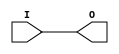
module AUTOBUF (O, I);

    parameter BUFFER_TYPE = "AUTO";

    output O;

    input  I;

    initial begin
    case (BUFFER_TYPE)
      "AUTO" : ;
      "BUF" : ;
      "BUFG" : ;
      "BUFGP" : ;
      "BUFH" : ;
      "BUFIO" : ;
      "BUFIO2" : ;
      "BUFIO2FB" : ;
      "BUFR" : ;
      "IBUF" : ;
      "IBUFG" : ;
      "NONE" : ;
      "OBUF" : ;
      default : begin
        $display("Attribute Syntax Error : The Attribute BUFFER_TYPE on AUTOBUF instance %m is set to %s.  Legal values for this attribute are AUTO, BUF, BUFG, BUFGP, BUFH, BUFIO, BUFIO2, BUFIO2FB, BUFR, IBUF, IBUFG, NONE, and OBUF.", BUFFER_TYPE);
      end
    endcase
    end

	buf B1 (O, I);


endmodule